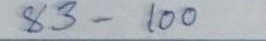
83 - 100